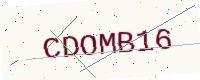
Text: CDOMB16